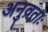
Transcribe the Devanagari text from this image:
अनुव्रताः